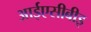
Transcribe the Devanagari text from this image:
आईएसीबीइ